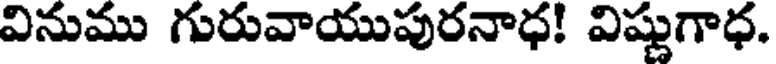
వినుము గురువాయుపురనాధ! విష్ణుగాధ.